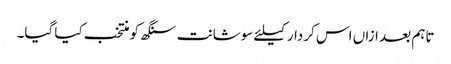
تاہم بعد ازاں اس کردار کیلئے سوشانت سنگھ کو منتخب کیا گیا۔